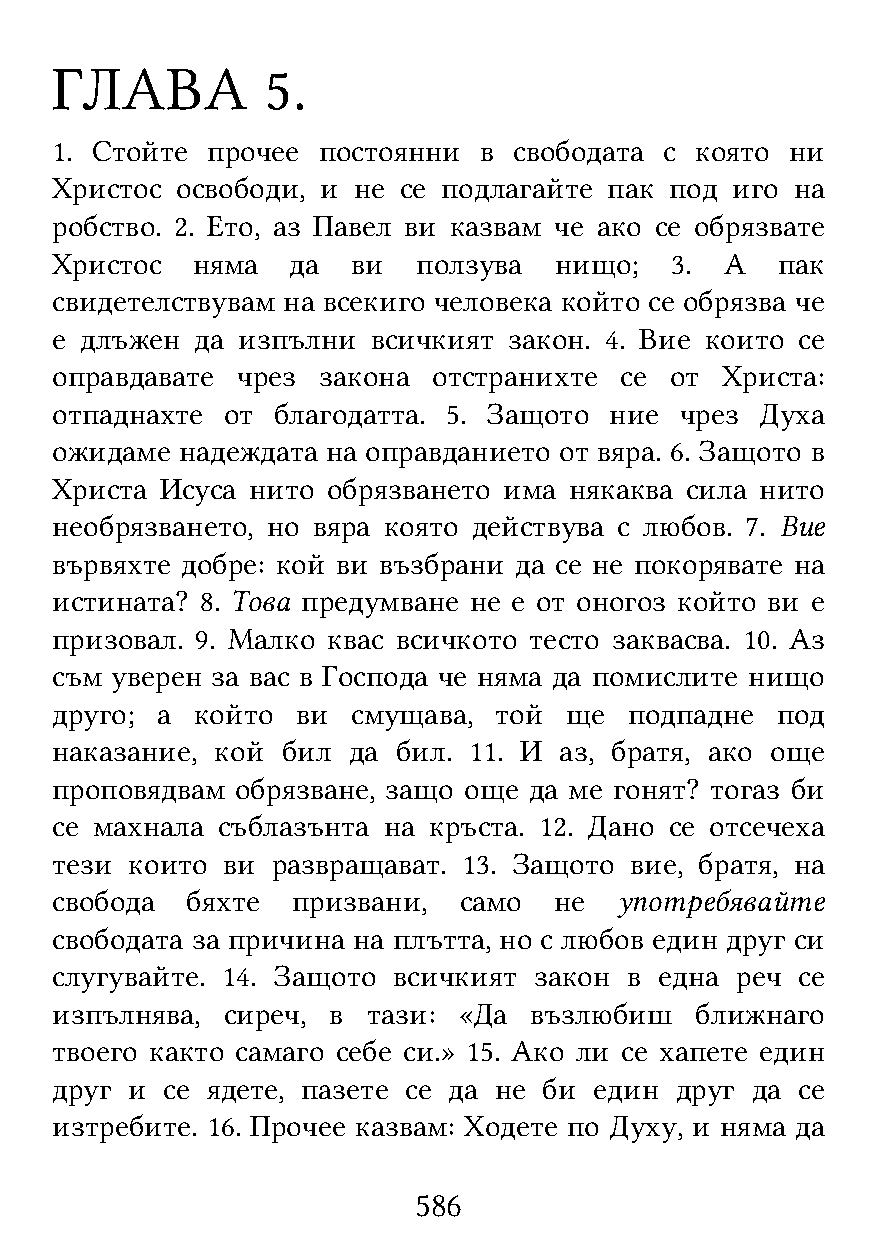
ГЛАВА          5.
 1. Стойте  прочее постоянни  в свободата с която ни
 Христос  освободи, и не се подлагайте пак под иго на
 робство. 2. Ето, аз Павел ви казвам че ако се обрязвате
 Христос   няма  да  ви   ползува  нищо;  3.  А   пак
 свидетелствувам на всекиго человека който се обрязва че
 е длъжен  да изпълни  всичкият закон. 4. Вие които се
 оправдавате  чрез закона  отстранихте се от  Христа:
 отпаднахте  от благодатта. 5. Защото ние  чрез Духа
 ожидаме  надеждата на оправданието от вяра. 6. Защото в
 Христа  Исуса нито обрязването има някаква сила нито
 необрязването, но вяра която действува с любов. 7. Вие
 вървяхте добре: кой ви възбрани да се не покорявате на
 истината? 8. Това предумване не е от оногоз който ви е
 призовал. 9. Малко квас всичкото тесто заквасва. 10. Аз
 съм уверен за вас в Господа че няма да помислите нищо
 друго; а  който  ви смущава,  той ще   подпадне под
 наказание, кой  бил да бил. 11. И аз, братя, ако още
 проповядвам  обрязване, защо още да ме гонят? тогаз би
 се махнала съблазънта на кръста. 12. Дано се отсечеха
 тези които  ви развращават. 13. Защото вие, братя, на
 свобода  бяхте  призвани,  само   не  употребявайте
 свободата за причина на плътта, но с любов един друг си
 слугувайте. 14. Защото всичкият закон  в една реч се
 изпълнява,  сиреч, в тази: «Да  възлюбиш   ближнаго
 твоего както самаго себе си.» 15. Ако ли се хапете един
 друг и  се ядете, пазете се да не би един друг да се
 изтребите. 16. Прочее казвам: Ходете по Духу, и няма да
 586